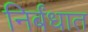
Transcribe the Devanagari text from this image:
निर्बंधात